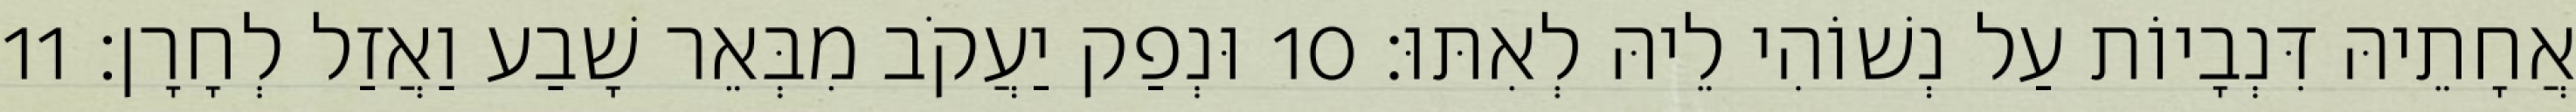
אֲחָתֵיהּ דִּנְבָיוֹת עַל נְשׁוֹהִי לֵיהּ לְאִתּוּ׃ 10 וּנְפַק יַעֲקֹב מִבְּאֵר שָׁבַע וַאֲזַל לְחָרָן׃ 11